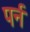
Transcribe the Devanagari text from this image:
पर्न